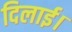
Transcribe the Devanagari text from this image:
दिलाई।